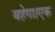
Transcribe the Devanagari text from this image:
बहेगा।एक